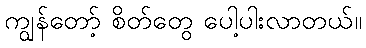
ကျွန်တော့် စိတ်တွေ ပေါ့ပါးလာတယ်။